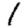
Digit: 1